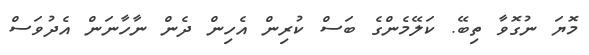
މޮޔަ ނުގޮވާ ތިބޭ. ކަލޭމެންގެ ބަސް ކުރިން އެހިން ދެން ނާހާނަން އެދުވަސް